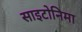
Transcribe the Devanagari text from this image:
साइटोनिमा